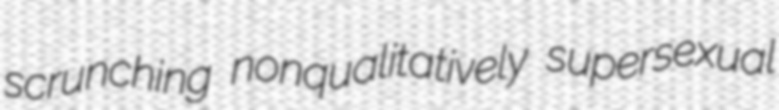
scrunching nonqualitatively supersexual